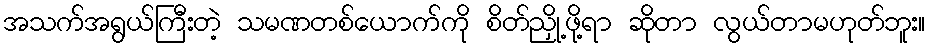
အသက်အရွယ်ကြီးတဲ့ သမဏတစ်ယောက်ကို စိတ်ညှို့ဖို့ရာ ဆိုတာ လွယ်တာမဟုတ်ဘူး။